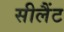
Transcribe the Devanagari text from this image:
सीलैंट